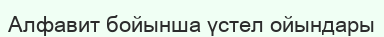
Алфавит бойынша үстел ойындары